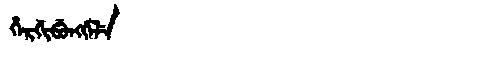
Manchu: ᡥᡝᡵᡤᡳᠪᡠᠩᡤᡝᠯᡝ
Romanization: HERGIBUNGGELE